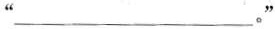
“___ 。”